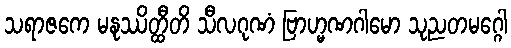
သရာဇကေ မနုဿိတ္ထီတိ သီလဂုဏံ ဗြာဟ္မဏဂါမော သုညတမဂ္ဂေါ